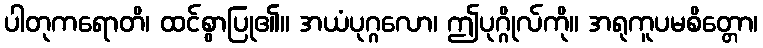
ပါတုကရောတိ၊ ထင်စွာပြု၏။ အယံပုဂ္ဂလော၊ ဤပုဂ္ဂိုလ်ကို။ အရုကူပမစိတ္တော၊